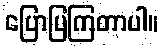
ပြောပြကြတာပါ။